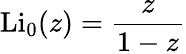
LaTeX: \operatorname{Li}_{0}(z)={\frac{z}{1-z}}